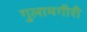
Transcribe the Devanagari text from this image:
गुलामगीरी